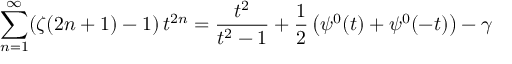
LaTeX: \sum _ { n = 1 } ^ { \infty } ( \zeta ( 2 n + 1 ) - 1 ) \, t ^ { 2 n } = { \frac { t ^ { 2 } } { t ^ { 2 } - 1 } } + { \frac { 1 } { 2 } } \left( \psi ^ { 0 } ( t ) + \psi ^ { 0 } ( - t ) \right) - \gamma